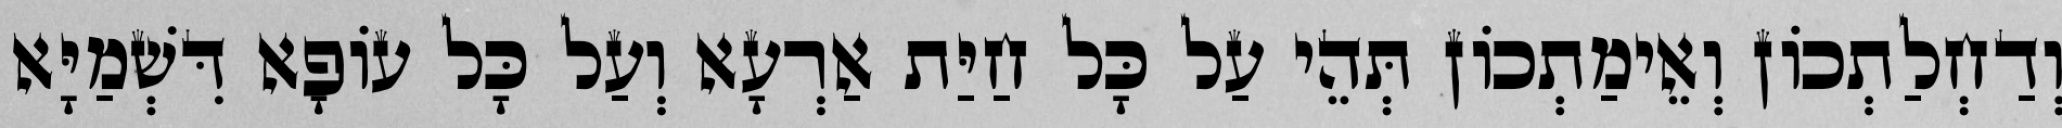
וְדַחְלַתְכוֹן וְאֵימַתְכוֹן תְּהֵי עַל כָּל חַיַּת אַרְעָא וְעַל כָּל עוֹפָא דִּשְׁמַיָּא